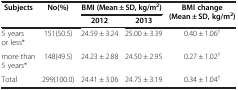
<table><thead><tr><td><b>Subjects</b></td><td><b>No(%)</b></td><td colspan="2"><b>BMI (Mean ± SD, kg/m<sup>2</sup>)</b></td><td><b>BMI change (Mean ± SD, kg/m<sup>2</sup>)</b></td></tr><tr><td><b> </b></td><td><b> </b></td><td><b>2012</b></td><td><b>2013</b></td><td><b> </b></td></tr></thead><tbody><tr><td>5 years or less*</td><td>151(50.5)</td><td>24.59 ± 3.24</td><td>25.00 ± 3.39</td><td>0.40 ± 1.06<sup>†</sup></td></tr><tr><td>more than 5 years*</td><td>148(49.5)</td><td>24.23 ± 2.88</td><td>24.50 ± 2.95</td><td>0.27 ± 1.02<sup>†</sup></td></tr><tr><td>Total</td><td>299(100.0)</td><td>24.41 ± 3.06</td><td>24.75 ± 3.19</td><td>0.34 ± 1.04<sup>†</sup></td></tr></tbody></table>